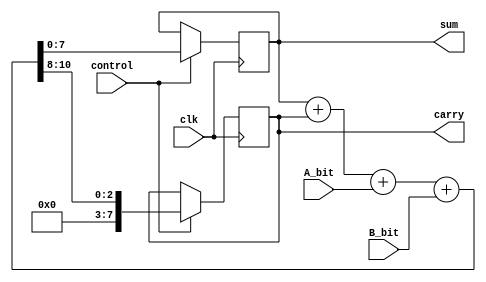
module CarrySaveAdder (
    input wire clk,                // Clock signal
    input wire control,            // Control signal to indicate new bit availability
    input wire A_bit,              // Serial input bit for operand A
    input wire B_bit,              // Serial input bit for operand B
    output reg [7:0] sum,          // Output sum
    output reg [7:0] carry         // Output carry
);

    // Internal registers to hold current sum and carry
    reg [7:0] current_sum;         // Current sum register
    reg [7:0] current_carry;       // Current carry register

    // Initialize registers
    initial begin
        current_sum = 8'b0;
        current_carry = 8'b0;
        sum = 8'b0;
        carry = 8'b0;
    end

    // Combinational logic to compute sum and carry
    always @(posedge clk) begin
        if (control) begin
            // Update sum and carry based on the current inputs and previous state
            {current_carry, current_sum} = current_sum + current_carry + {7'b0, A_bit} + {7'b0, B_bit};
        end
        
        // Update outputs
        sum <= current_sum;
        carry <= current_carry;
    end
endmodule